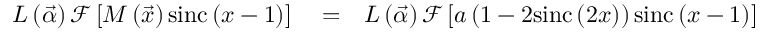
\begin{array} { r l r } { L \left( \vec { \alpha } \right) \mathcal { F } \left[ M \left( \vec { x } \right) \mathrm { s i n c } \left( x - 1 \right) \right] } & { { } = } & { L \left( \vec { \alpha } \right) \mathcal { F } \left[ a \left( 1 - 2 \mathrm { s i n c } \left( 2 x \right) \right) \mathrm { s i n c } \left( x - 1 \right) \right] } \end{array}